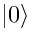
| 0 \rangle